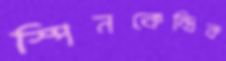
স্পিনকেন্দ্রিক